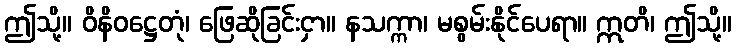
ဤသို့။ ဝိနိဝဋ္ဌေတုံ၊ ဖြေဆိုခြင်းငှာ။ နသက္ကာ၊ မစွမ်းနိုင်ပေရာ။ ဣတိ၊ ဤသို့။